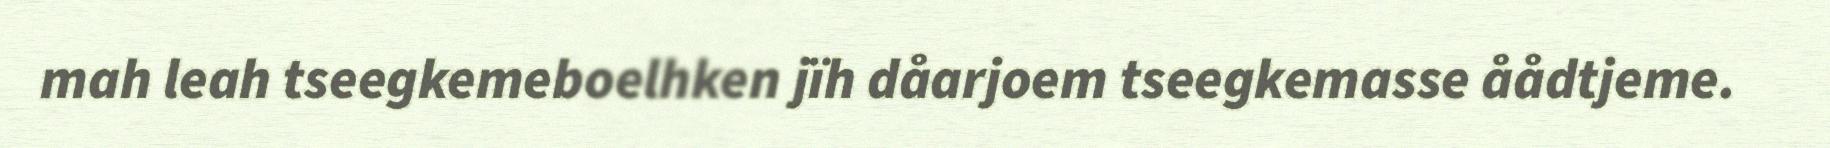
mah leah tseegkemeboelhken jïh dåarjoem tseegkemasse åådtjeme.